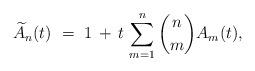
LaTeX: \begin{align*}\widetilde{A}_n(t) \ = \ 1 \, + \, t \, \sum_{m=1}^n {n \choose m} A_m(t), \end{align*}